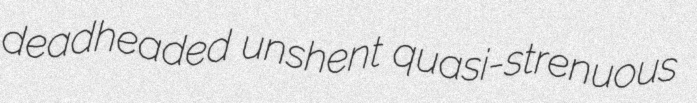
deadheaded unshent quasi-strenuous